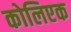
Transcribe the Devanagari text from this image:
कोलिएक